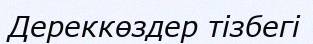
Дереккөздер тізбегі